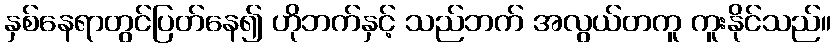
နှစ်နေရာတွင်ပြတ်နေ၍ ဟိုဘက်နှင့် သည်ဘက် အလွယ်တကူ ကူးနိုင်သည်။